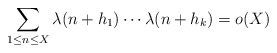
\begin{align*} \sum_{1 \leq n \leq X} \lambda(n+h_1) \dotsm \lambda(n+h_k) = o(X)\end{align*}